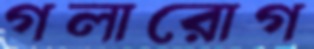
গলারোগ